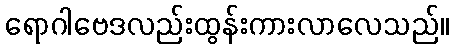
ရောဂါဗေဒလည်းထွန်းကားလာလေသည်။